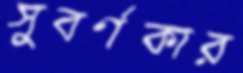
সুবর্ণকার